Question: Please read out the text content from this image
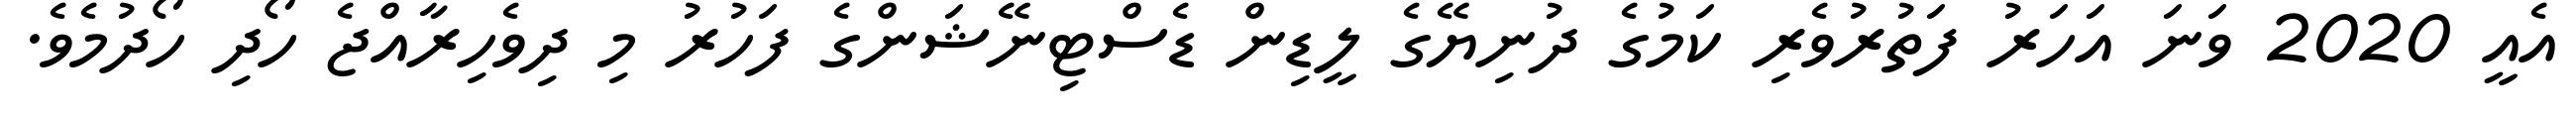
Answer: އެއީ 2020 ވަނަ އަހަރު ފަތުރުވެރި ކަމުގެ ދުނިޔޭގެ ލީޑިން ޑެސްޓިނޭޝަންގެ ފަހުރު މި ދިވެހިރާއްޖެ ހޯދި ހޯދުމެވެ.